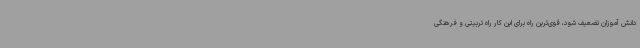
دانش آموزان تضعیف شود، قوی‌ترین راه برای این کار راه تربیتی و فرهنگی